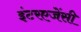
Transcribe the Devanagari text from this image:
इंटरएजेंसी